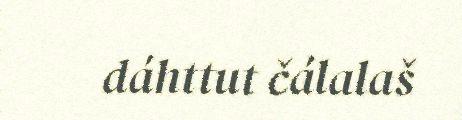
dáhttut čálalaš